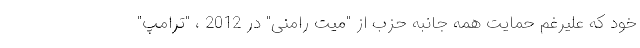
خود که علیرغم حمایت همه جانبه حزب از "میت رامنی" در 2012 ، "ترامپ"